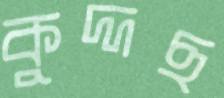
কুদ্দছ